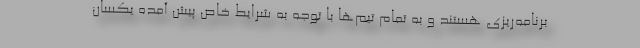
برنامه‌ریزی هستند و به تمام تیم‌ها با توجه به شرایط خاص پیش آمده یکسان